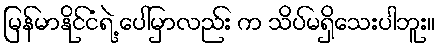
မြန်မာနိုင်ငံရဲ့ ပေါ်မှာလည်း က သိပ်မရှိသေးပါဘူး။